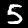
Digit: 5